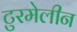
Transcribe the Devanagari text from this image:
टुरमेलीन